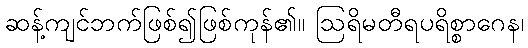
ဆန့်ကျင်ဘက်ဖြစ်၍ဖြစ်ကုန်၏။ ဩရိမတီရပရိစ္စာဂေန၊